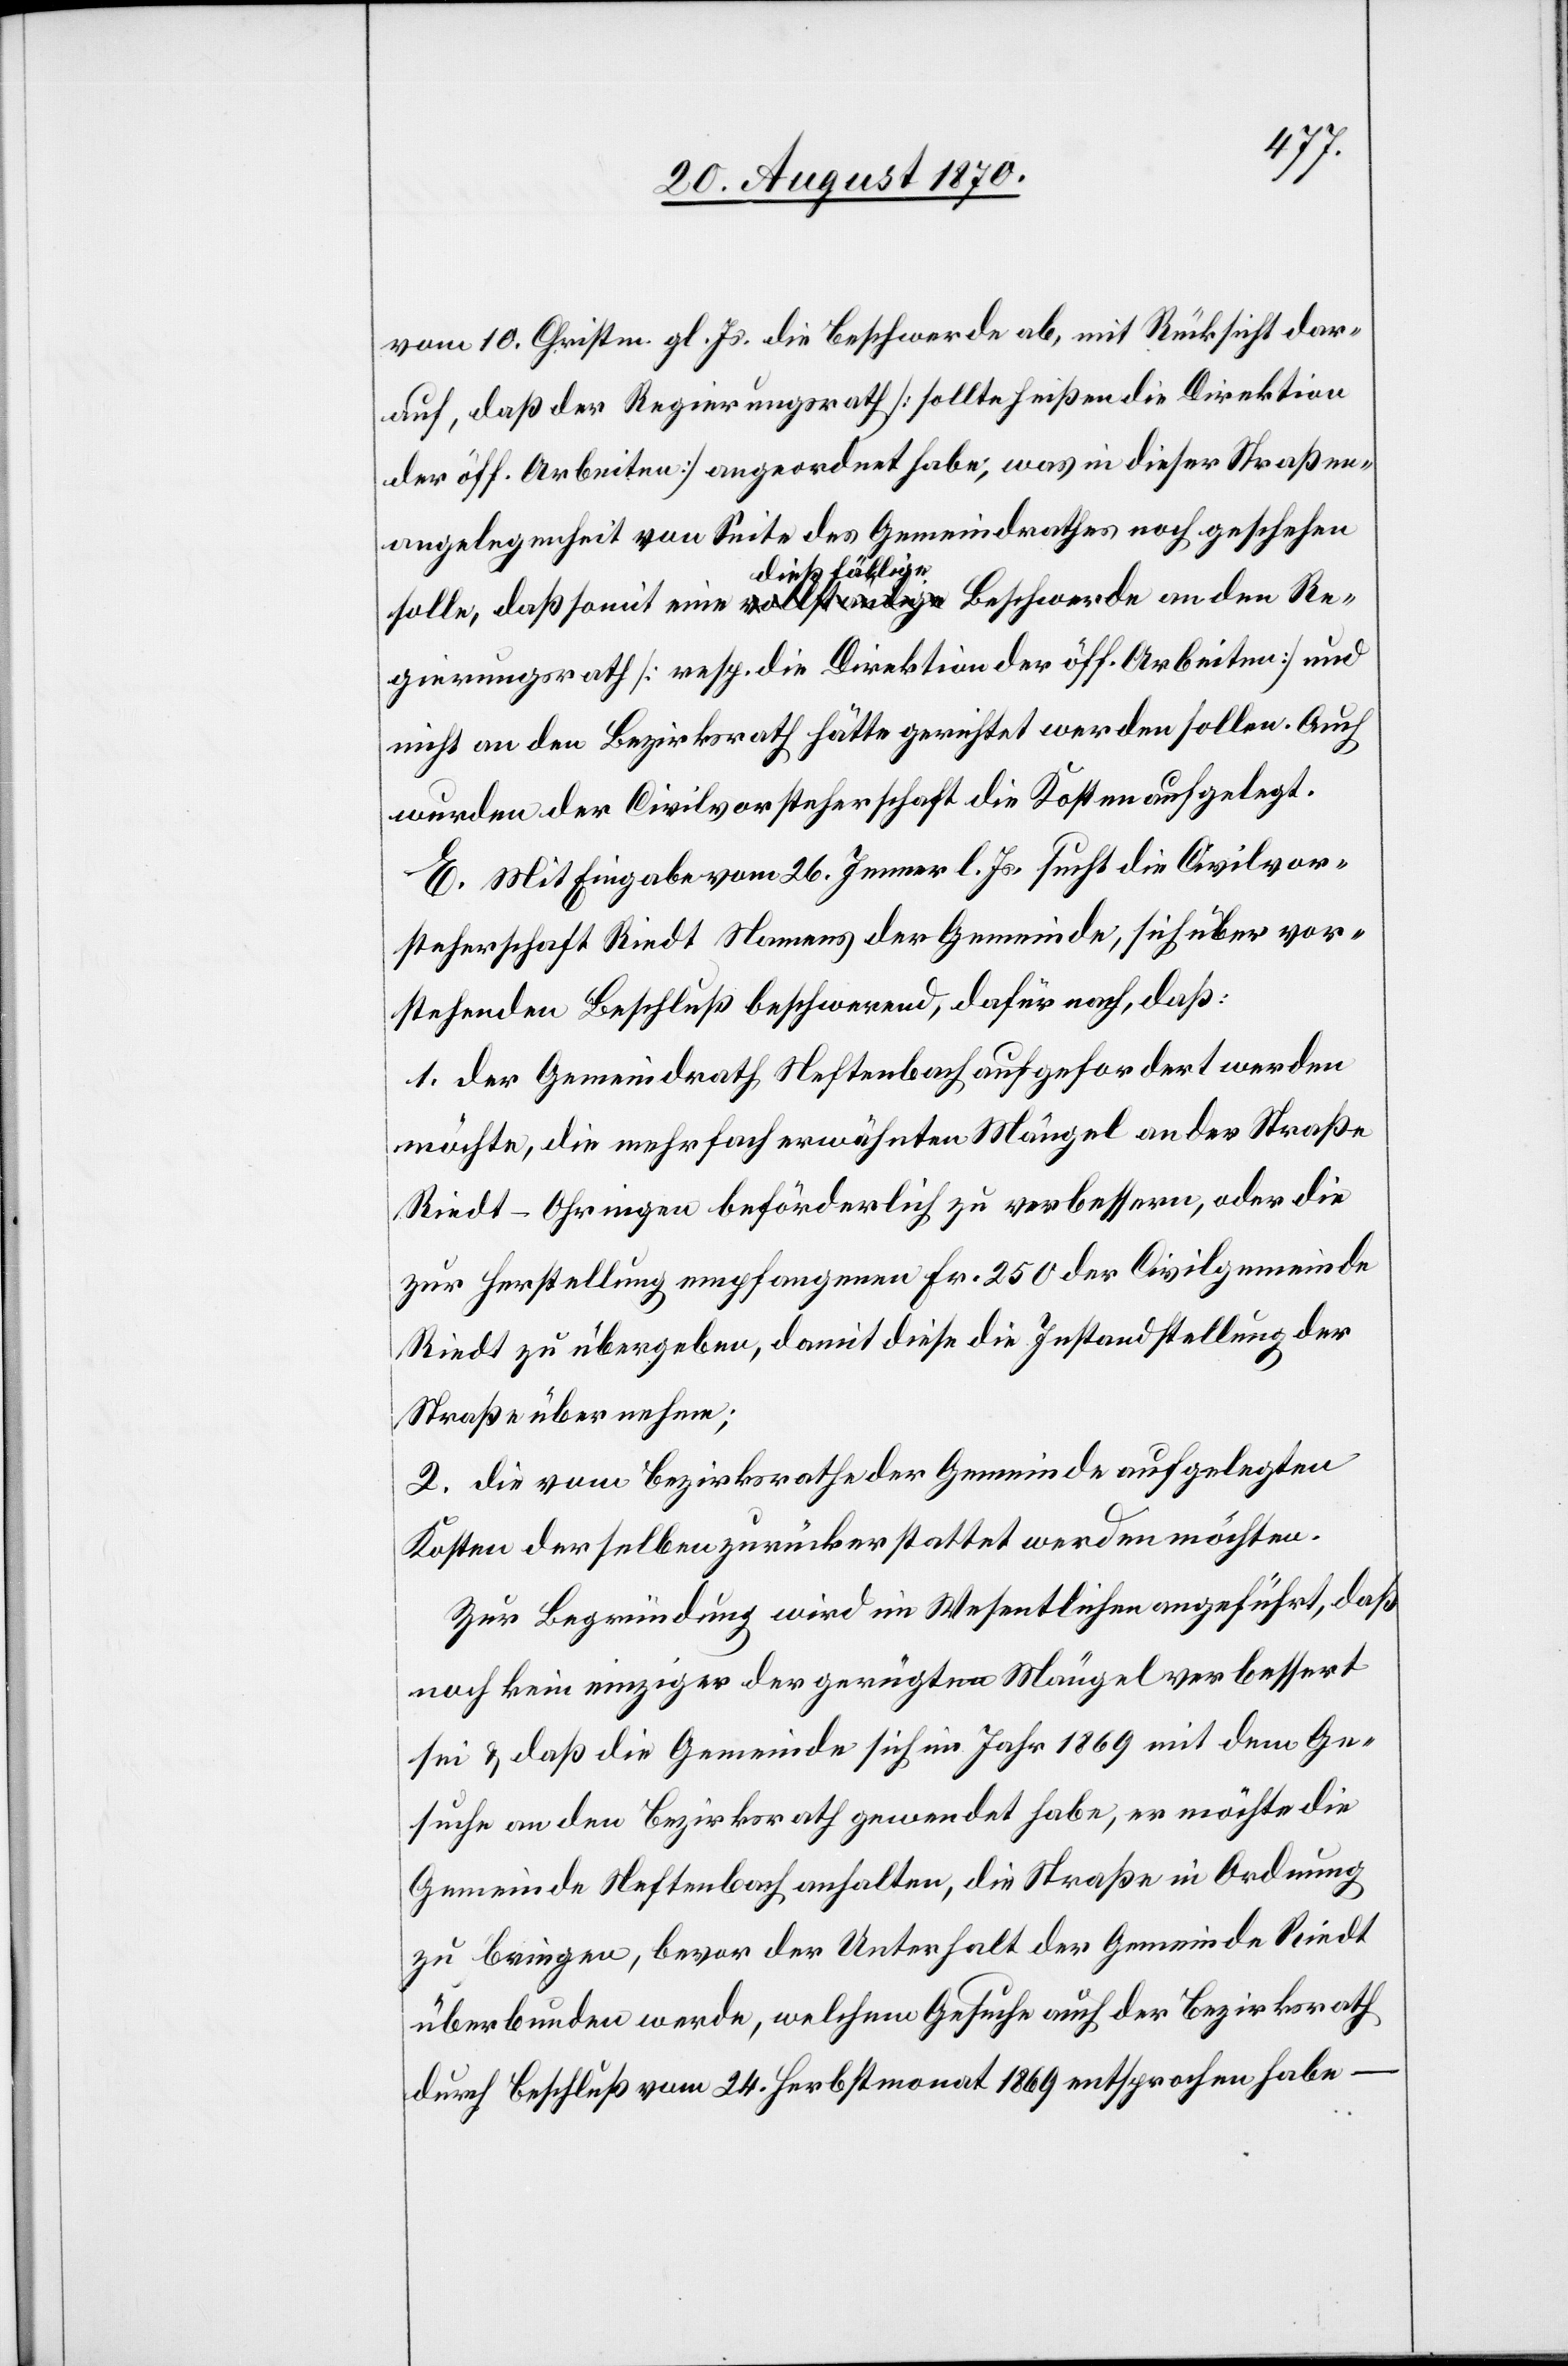
vom 10. Christm. gl. Js. die Beschwerde ab, mit Rücksicht dar¬
auf, daß der Regierungsrath [sollte heißen die Direktion
der öff. Arbeiten] angeordnet habe, was in dieser Straßen¬
angelegenheit von Seite des Gemeindrathes noch geschehen
sollte, daß somit eine a-vollständige-a a-dießfällige-a Beschwerde an den Re¬
gierungsrath [resp. die Direktion der öff. Arbeiten] und
nicht an den Bezirksrath hätte gerichtet werden sollen. Auch
wurden der Civilvorsteherschaft die Kosten auferlegt.
E. Mit Eingabe vom 26. Jenner l. Js. sucht die Civilvor¬
steherschaft Riedt Namens der Gemeinde, sich über vor¬
stehenden Beschluß beschwerend, dafür nach, daß:
1. der Gemeindrath Neftenbach aufgefordert werden
möchte, die mehrfach erwähnten Mängel an der Straße
Riedt–Ohringen beförderlich zu verbessern, oder die
zur Herstellung empfangenen Fr. 250 der Civilgemeinde
Riedt zu übergeben, damit diese die Instandstellung der
Straße übernehme;
2. die vom Bezirksrathe der Gemeinde aufgelegten
Kosten derselben zurückerstattet werden möchten.
Zur Begründung wird im Wesentlichen angeführt, daß
noch kein einziger der gerügten Mängel verbessert
sei & daß die Gemeinde sich im Jahr 1869 mit dem Ge¬
suche an den Bezirksrath gewendet habe, er möchte die
Gemeinde Neftenbach anhalten, die Straße in Ordnung
zu bringen, bevor der Unterhalt der Gemeinde Riedt
überbunden werde, welchem Gesuche auch der Bezirksrath
durch Beschluß vom 24. Herbstmonat 1869 entsprochen habe